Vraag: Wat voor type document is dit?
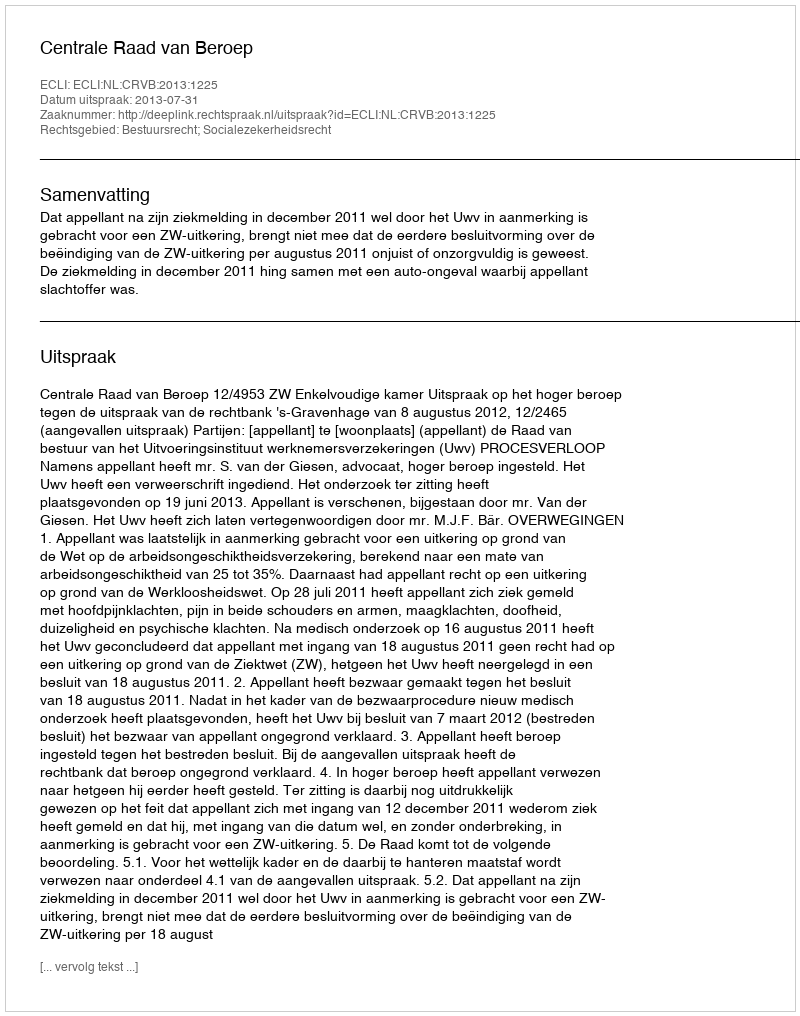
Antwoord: Uitspraak